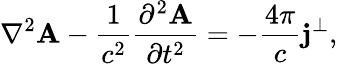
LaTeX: \nabla^{2}\mathbf{A}-\frac{1}{c^{2}}\frac{\partial^{2}\mathbf{A}}{\partial t^{2}}=-\frac{4\pi}{c}\mathbf{j}^{\perp},